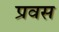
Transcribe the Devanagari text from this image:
प्रवस